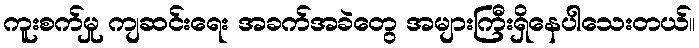
ကူးစက်မှု ကျဆင်းရေး အခက်အခဲတွေ အများကြီးရှိနေပါသေးတယ်။